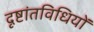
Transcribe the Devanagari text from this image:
दृष्टांतविधियों